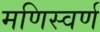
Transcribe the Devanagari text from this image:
मणिस्वर्ण